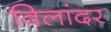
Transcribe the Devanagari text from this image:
विलांदर